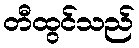
တီထွင်သည်